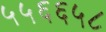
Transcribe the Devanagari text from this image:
५५६६५८